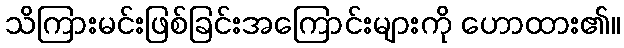
သိကြားမင်းဖြစ်ခြင်းအကြောင်းများကို ဟောထား၏။